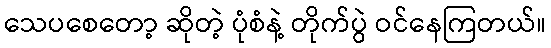
သေပစေတော့ ဆိုတဲ့ ပုံစံနဲ့ တိုက်ပွဲ ဝင်နေကြတယ်။